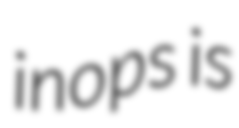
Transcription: inops is